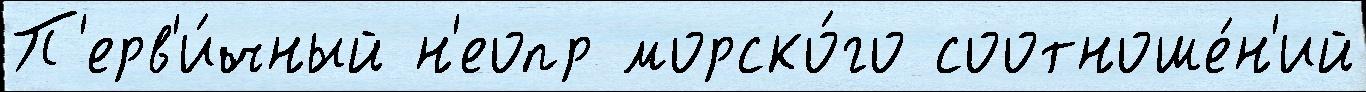
П'ерв'и́чный н'еопр морско́го соотноше́н'ий